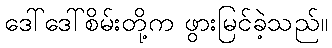
ဒေါ်ဒေါ်စိမ်းတို့က ဖွားမြင်ခဲ့သည်။